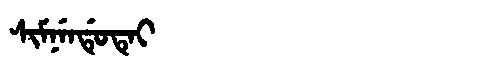
Manchu: ᠰᡳᠮᠨᡝᠨᡩᡠᡨᡝᡳ
Romanization: SIMNENDUTEI